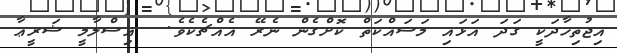
އިޖުތިހާދަކީ ގަދަ އަޅައި މަސައްކަތް ކޮށްގެން ނެރޭ އެއްޗެކެވެ.  އިސްލާމީ ޝަރީޢާ